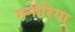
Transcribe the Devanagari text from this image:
मनौरिया